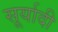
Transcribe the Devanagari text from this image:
सूर्यादी